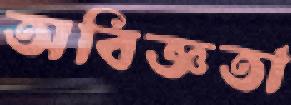
অবিজ্ঞতা